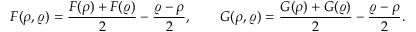
\boldsymbol { F } ( \boldsymbol { \rho } , \boldsymbol { \varrho } ) = \frac { \boldsymbol { F } ( \boldsymbol { \rho } ) + \boldsymbol { F } ( \boldsymbol { \varrho } ) } { 2 } - \frac { \boldsymbol { \varrho } - \boldsymbol { \rho } } { 2 } , \qquad \boldsymbol { G } ( \boldsymbol { \rho } , \boldsymbol { \varrho } ) = \frac { \boldsymbol { G } ( \boldsymbol { \rho } ) + \boldsymbol { G } ( \boldsymbol { \varrho } ) } { 2 } - \frac { \boldsymbol { \varrho } - \boldsymbol { \rho } } { 2 } .